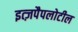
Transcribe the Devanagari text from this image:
इत्ज़पैपलोटील